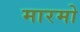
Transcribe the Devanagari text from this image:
मारमो